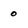
Character: O